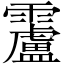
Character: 𩆴